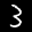
Label: 3